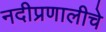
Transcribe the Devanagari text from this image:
नदीप्रणालीचे